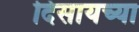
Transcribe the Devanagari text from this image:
दिसायच्या